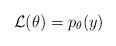
LaTeX: \begin{align*} \mathcal{L}(\theta) = p_\theta(y) \end{align*}